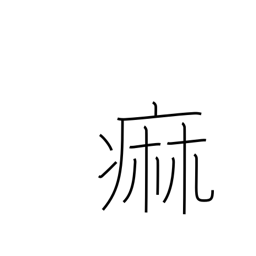
Meaning: paralysis